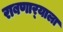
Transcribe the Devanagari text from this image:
राबणार्‍याला